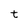
Character: t